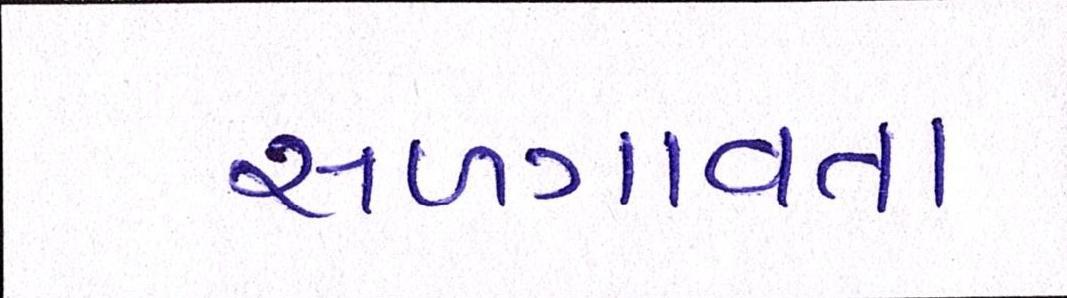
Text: સળગાવતા